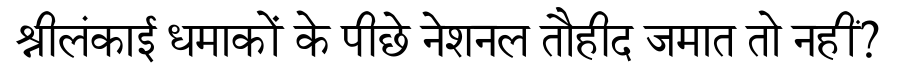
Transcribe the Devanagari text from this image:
श्रीलंकाई धमाकों के पीछे नेशनल तौहीद जमात तो नहीं?